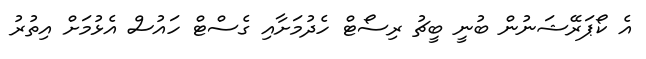
އެ ކޯޕަރޭޝަނުން ބުނީ ބީޗު ރިސޯޓް ހެދުމަށާއި ގެސްޓް ހައުސް އެޅުމަށް އިތުރު